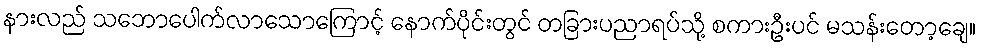
နားလည် သဘောပေါက်လာသောကြောင့် နောက်ပိုင်းတွင် တခြားပညာရပ်သို့ စကားဦးပင် မသန်းတော့ချေ။